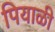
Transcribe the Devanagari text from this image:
पियाळी